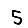
Digit: 5